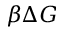
\beta \Delta G